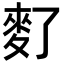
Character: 𪌀